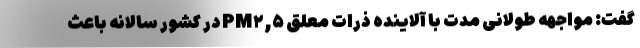
گفت: مواجهه طولانی مدت با آلاینده ذرات معلق PM۲,۵ در کشور سالانه باعث